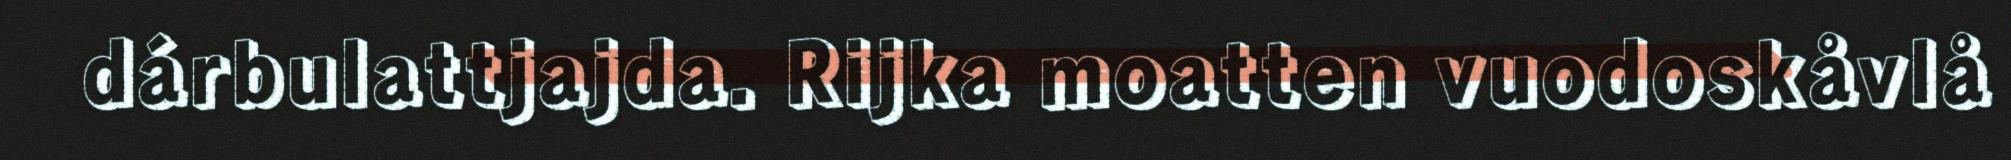
dárbulattjajda. Rijka moatten vuodoskåvlå